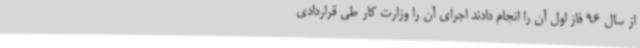
از سال 96 فاز اول آن را انجام دادند اجرای آن را وزارت کار طی قراردادی